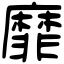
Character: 靡